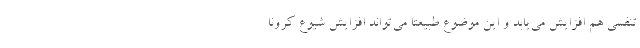
تنفسی هم افزایش می‌یابد و این موضوع طبیعتا می‌تواند افزایش شیوع کرونا